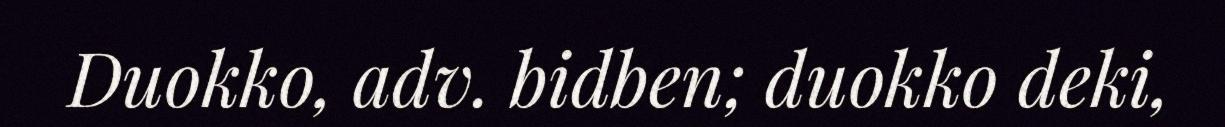
Duokko, adv. bidben; duokko deki,